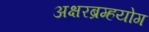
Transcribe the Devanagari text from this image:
अक्षरब्रम्हयोग